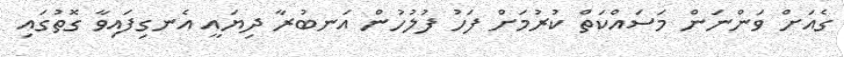
ގެއަށް ވަންނަން މަސައްކަތް ކުރުމަށް ފަހު ފުލުހުން އަނބުރާ ދިޔައީ އެނގިފައިވާ ގޮތުގައި